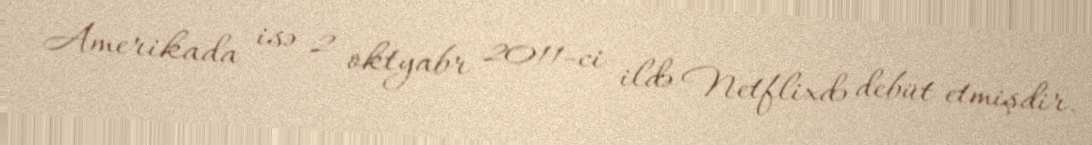
Amerikada isə 2 oktyabr 2011-ci ildə Netflixdə debüt etmişdir.